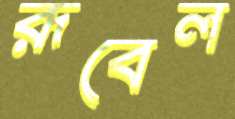
রূবেল